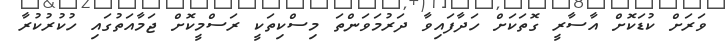
ވަރަށް ކުޑަކޮށް އާސާރީ ގޮތަކަށް ހަދާފައިވާ ދަރުމަވަންތަ މިސްކިތަކީ ރަސްމީކޮށް ޖަމާއަތުގައި ހުކުރުކުރާ